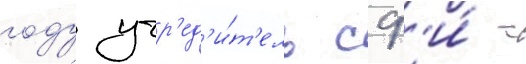
году учр'ед'и́т'ель сф'и́ -